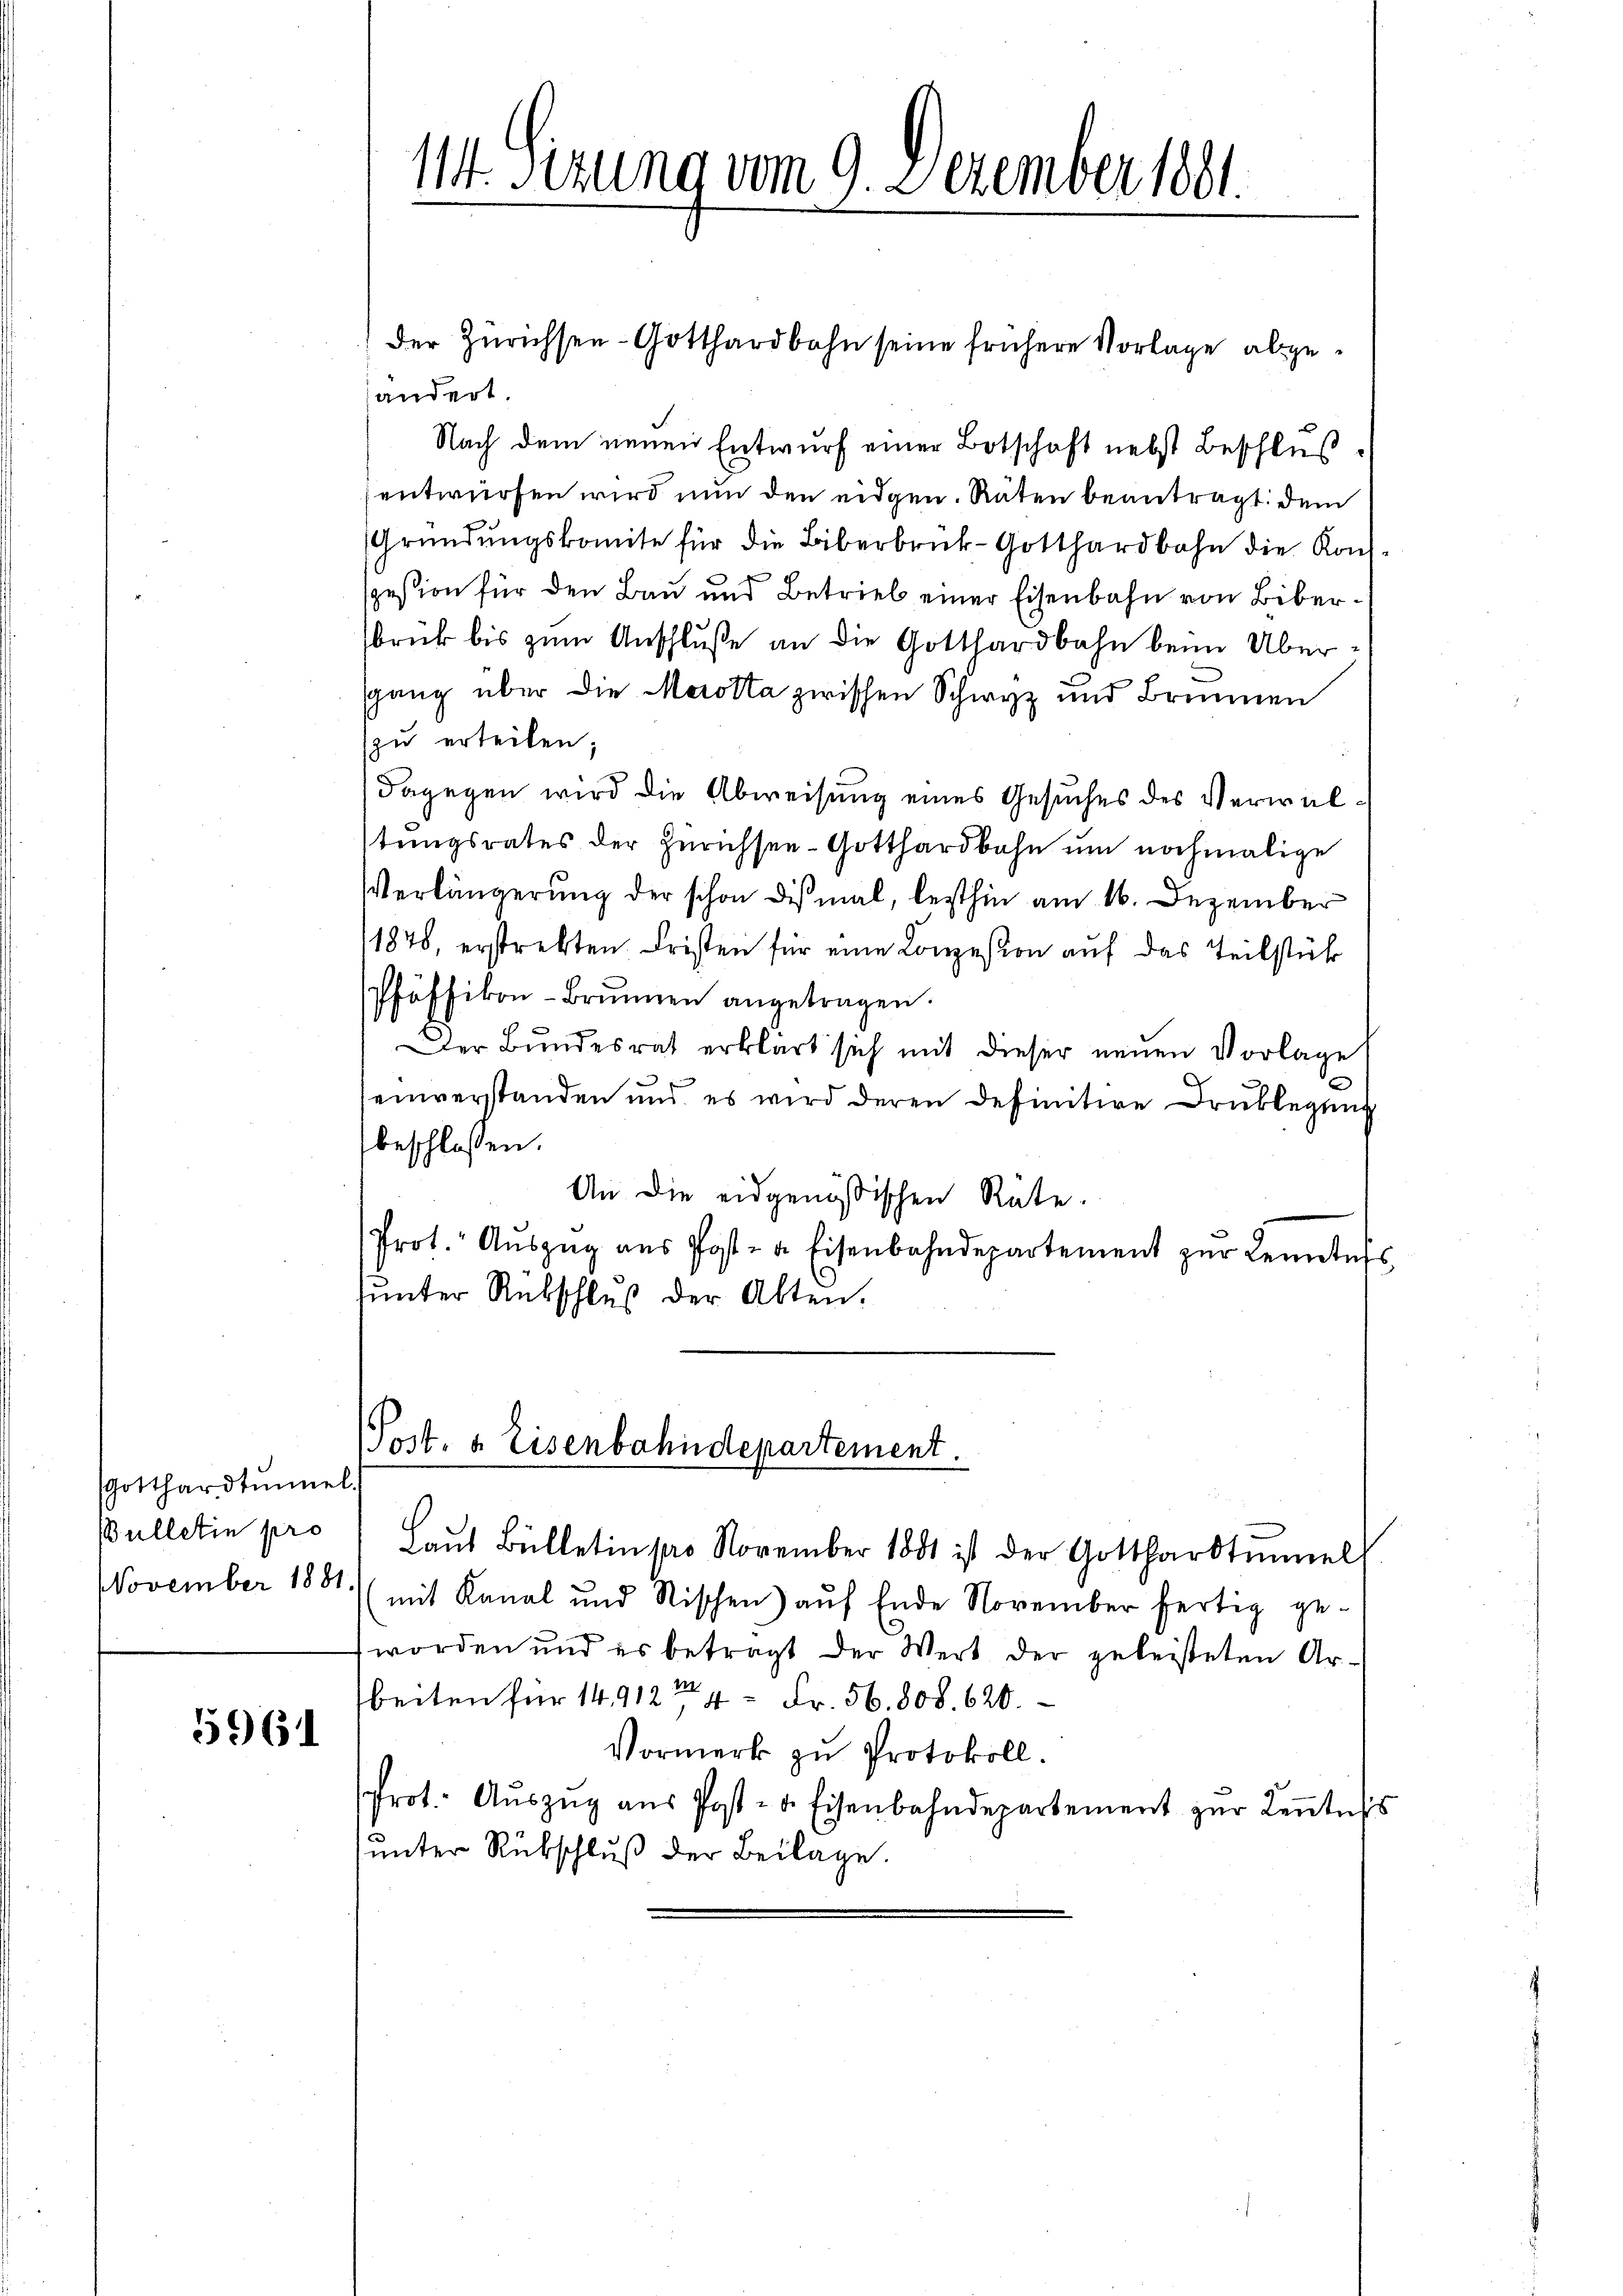
Gotthardtŭmel.
Bulletin pro

596

114. Sizung vom 9. Dezember 1881.

ändert.
Nach dem neuen Entwurf einer Botschaft nebst Beschluß
sentwürfen wird nun den eidgen. Räten beantragt dem
Gründungskomite für die Biberbruck-Gotthardbahn die Konspession für den Bau und Betrieb einer Eisenbahn von Bibersbrück bis zum Anschluße an die Gotthardbahn beim Übersgang über die Merotta zwischen Schwyz und Brunnen
zu erteilen;
dagegen wird die Abweisung eines Gesuches des Verwalstungsrates der Zürichsee-Gotthardbahn um nochmalige
Verlängerung der schon diesmal, lezthin am 16. Dezember
1878, erstrebten Fristen für eine Conzession auf das Teilstück
Pfäffikon-Brŭnnen angetragen.
Der Bŭndesrat erklärt sich mit dieser neŭen Vorlage
einverstanden und es wird deren definitive Druklegung
beschlossen:
An die eidgenössischen Rate.
Prot. Aŭszŭg aŭs Post- u. Eisenbahndepartement zŭr Kenntnis
ŭnter Rückschlŭβ der Alten.

der Zürichsen - Gotthardbahn seine frühere Vorlage abge¬

Post- & Eisenbahndepartement.

Laŭt Bülletin pro November 1881 ist der Gotthardtŭmel
November 1881 (mit Kanal und Rischen aŭf Ende November fertig ge-
worden und es betragt der Wert der geleisteten Ar-
beiten für 14912te 4 Fr. 56. 808. 620.
Vormerk zu Protokoll.
Prot. Aŭszŭg aŭs Post- u. Eisenbahndepartement zŭr Keṅtnis
ŭnter Rükschluß der Beilage.